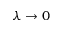
\lambda \to 0